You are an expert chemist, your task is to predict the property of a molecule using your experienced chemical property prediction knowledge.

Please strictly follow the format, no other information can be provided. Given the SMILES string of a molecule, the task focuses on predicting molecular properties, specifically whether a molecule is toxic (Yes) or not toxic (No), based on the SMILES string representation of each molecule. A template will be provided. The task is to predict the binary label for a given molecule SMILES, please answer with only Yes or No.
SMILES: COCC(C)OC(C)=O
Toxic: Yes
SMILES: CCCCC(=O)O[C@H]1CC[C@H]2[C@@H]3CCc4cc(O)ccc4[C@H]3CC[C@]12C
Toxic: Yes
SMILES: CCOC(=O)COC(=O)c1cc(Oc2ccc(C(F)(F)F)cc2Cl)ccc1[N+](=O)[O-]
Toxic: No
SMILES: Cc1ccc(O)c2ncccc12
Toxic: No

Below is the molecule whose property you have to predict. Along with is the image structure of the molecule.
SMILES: CC(=O)c1ccc(OCC(=O)N2CCCCC2)cc1
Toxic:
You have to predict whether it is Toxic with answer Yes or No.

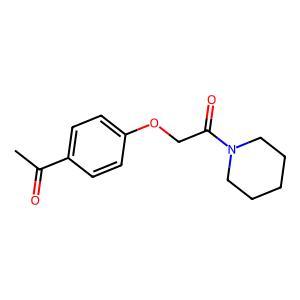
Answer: No